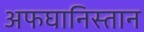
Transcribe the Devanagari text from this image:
अफघानिस्तान